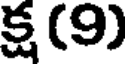
క్ష (9)